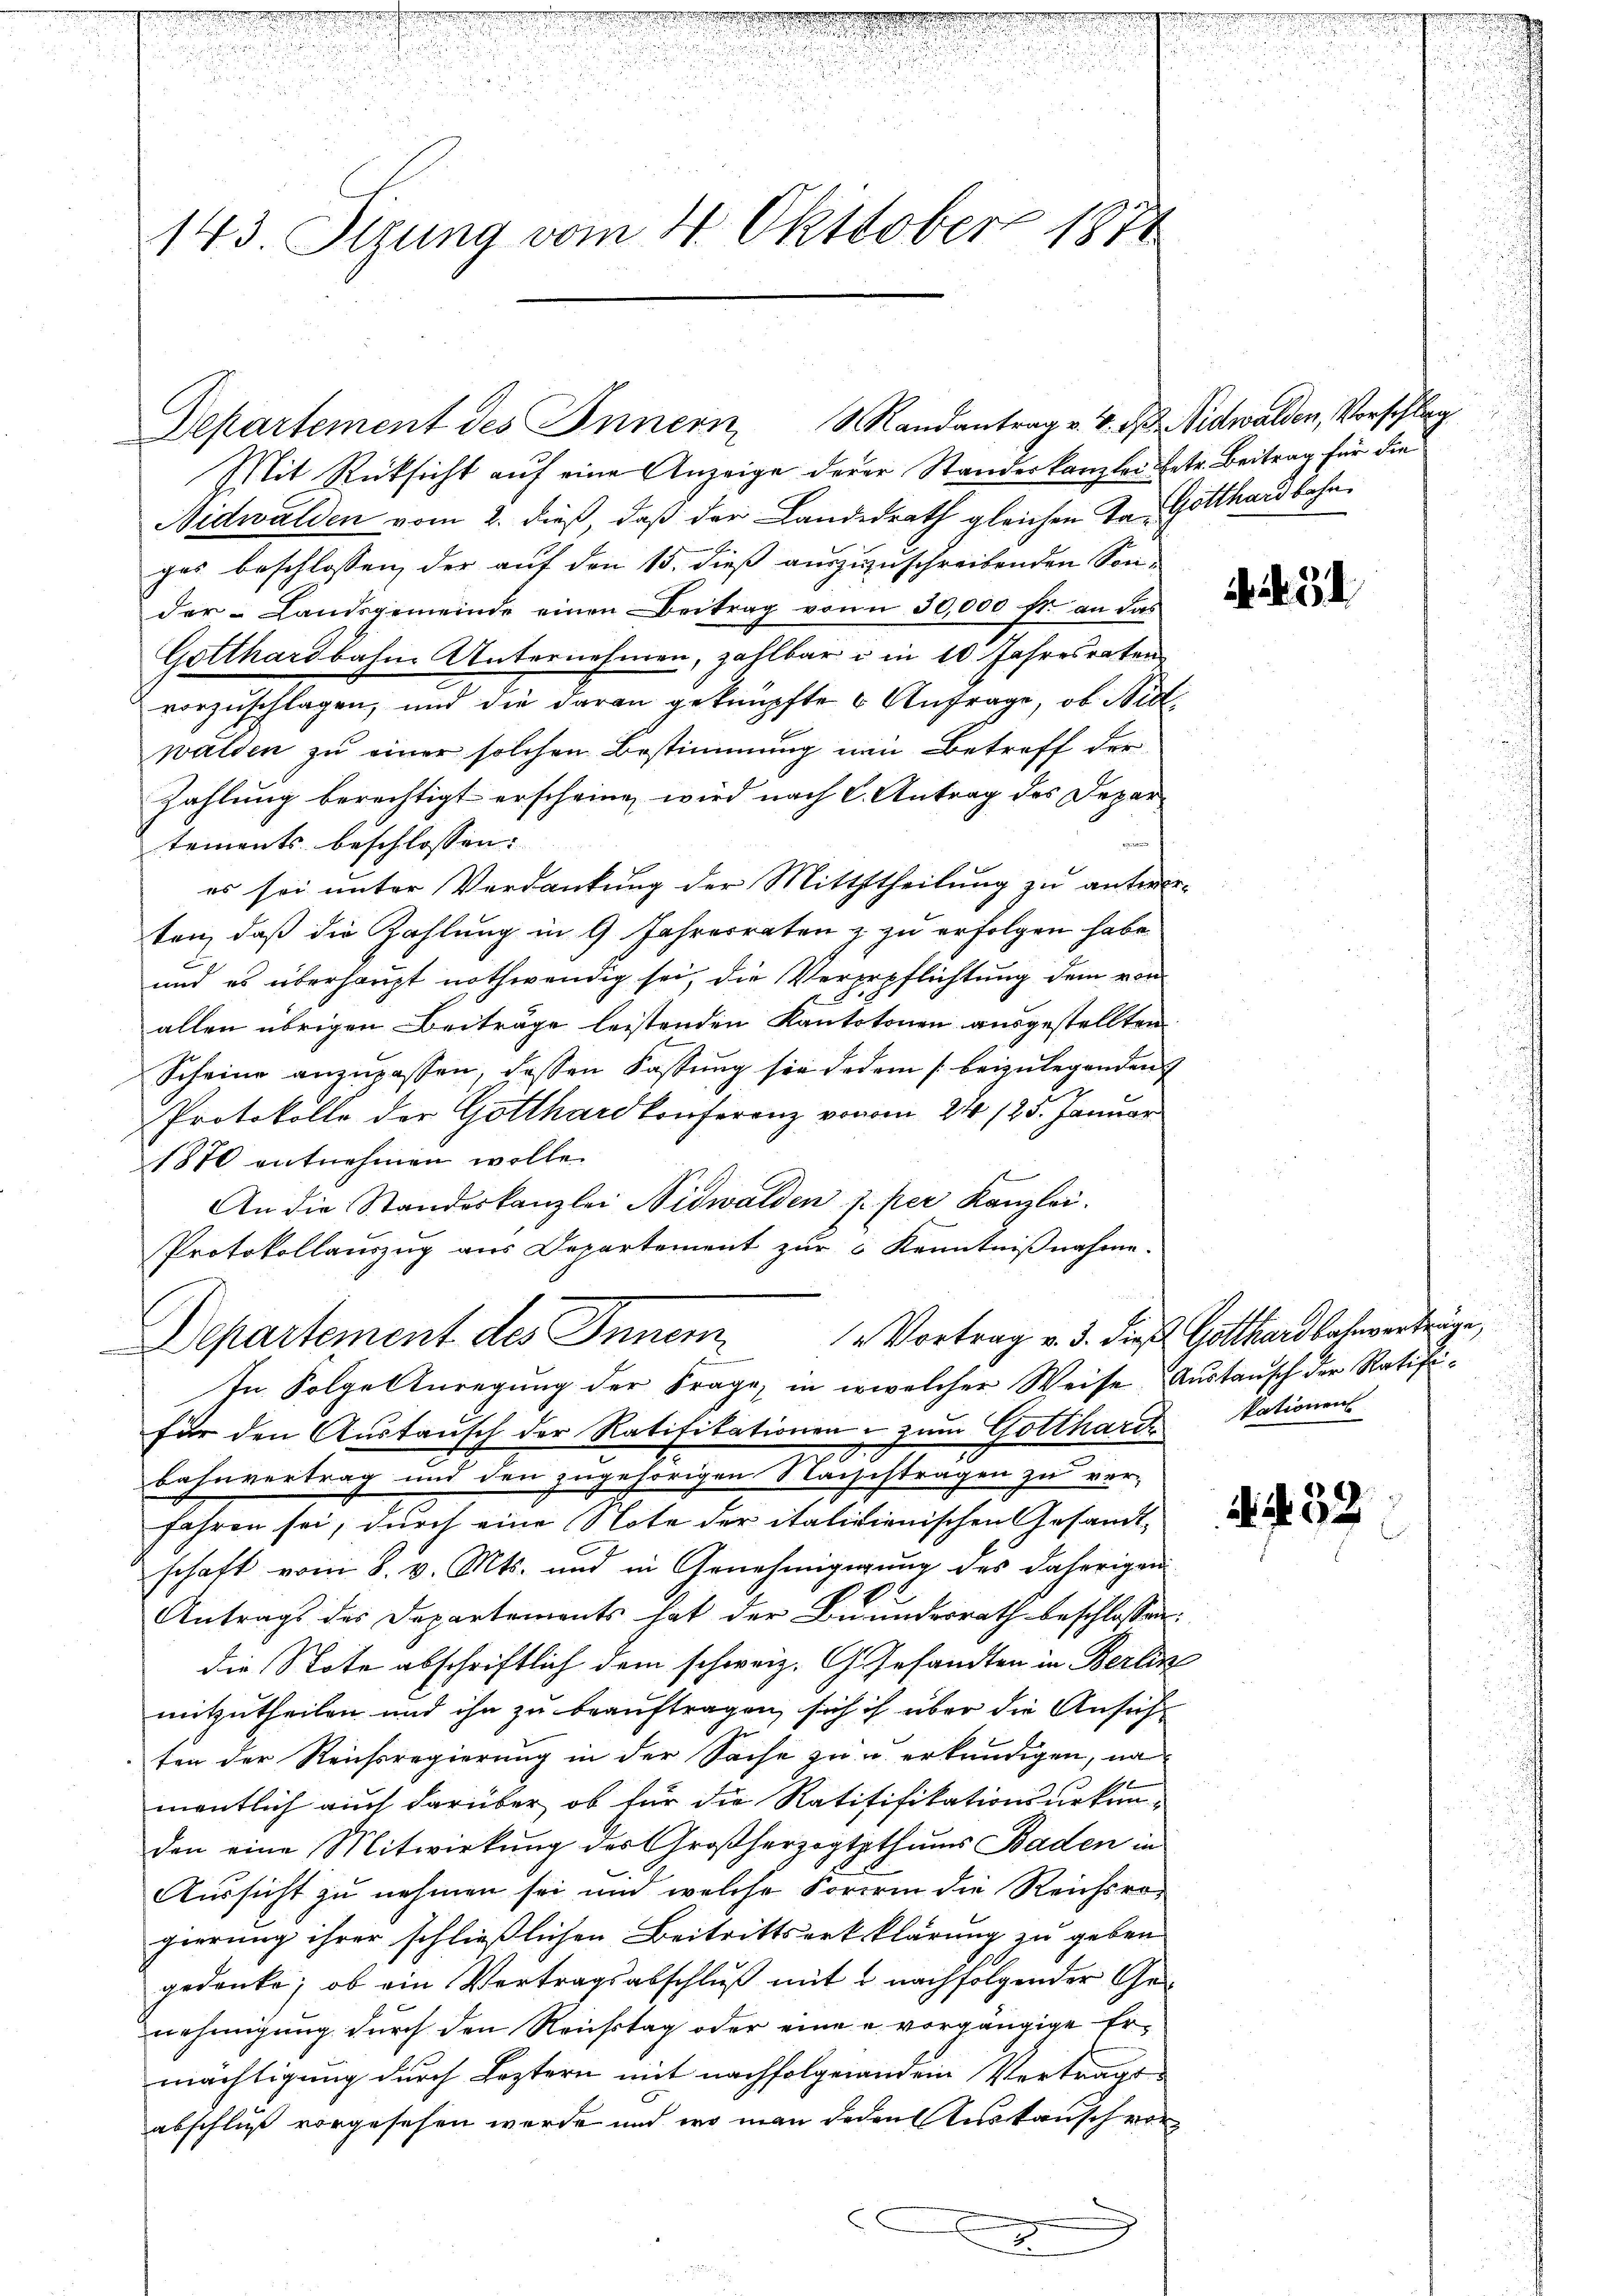
143. Stzung vom 4. Okttober 1871

Mit Rücksicht auf eine Anzeige derer Standeskanzlei betr. Beitrag für die
Nidwalden vom 2. dieß, daß der Landesrath gleichen Tag Gotthardbahnges beschlossen, der auf den 15. dieß auszuzuschreibenden Sonder Landsgemeinde einen Beitrag von 30,000 fr. an das
Gotthardbahne Unternehmen, zahlbar u. in 10 Jahresraten
vorzuschlagen, und die daran geknüpfte u Anfrage, ob Nidwalden zu einer solchen Bestimmung ein Betreff der
Zahlung berechtigt erscheine, wird nach C. Antrag des Departements beschlossen:
es sei unter Verdankung der Mitththeilung zu antwor-
ten, daß die Zahlung in 9 Jahresraten z zu erfolgen habe
und es überhaupt nothwendig sei, die Vererpflichtung dem von
allen übrigen Beiträge leistenden Kantotonen ausgestellten
Scheine anzupassen, dessen Fassung sie deden /: beizulegenden
Protokolle der Gotthard Conferenz von am 24. 125. Januar
1870 entnehmen wolle.
An die Standeskanzlei Nidwalden s. per Kanzlei.
Protokollauszug aus Departement zur 6 Kenntnißnahme.
1 Vortrag v. 3. dieß Gotthardbahnverträge,
Departement des Inner
In Folge Anregung der Frage, in welcher Weise Austausch der Ratififür den Austausch der Ratifikationen - zum Gotthard Nationens
20
Bahnvertrag und den zugehörigen Nachchtragen zu ver-
fahren sei, durch eine Note der italidienischen Gesandtschaft vom 8. v. Mts. und in Genehmigigung des daherigen
Antrags des Departements hat der Beundesrath beschlossen:
die Note abschriftlich dem schweiz. Gesandten in Berlik
mitzutheilen und ihn zu beauftragen, sich ich über die Ansich
ten der Reichsregierung in der Sache zu u erkundigen, na
mentlich auch darüber, ob für die Ratififikationsurkun-
den eine Mitwirkung der Großherzogtpthums Baden in
Aussicht zu nehmen sei und welche Koriren die Reichsro-
gierung ihrer schließlichen Beitrittserkklärung zu geben
gedenke; ob ein Vertragsabschluß mit 2 nachfolgender Genehmigung durch den Reichstag oder eine u. vorgängige Ermächtigung durch Leztern mit nachfolge andein Vertragt
abschluß vorgesehen werde und wo man jeden Austausch vor¬
C
x
.

Departement des Innern Randantrag v. 4. d. Nidwalden, Vorschlag

d. d. 31

.

N. N. 32